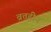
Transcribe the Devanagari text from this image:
व्रत्तहीन